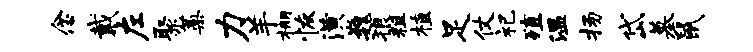
念戴左聚蒿力羊棚恢潢巍狼粗植足仗祀殖温扬岱墓鼠